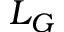
L _ { G }